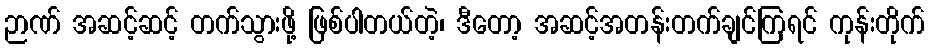
ဉာဏ် အဆင့်ဆင့် တက်သွားဖို့ ဖြစ်ပါတယ်တဲ့၊ ဒီတော့ အဆင့်အတန်းတက်ချင်ကြရင် ကုန်းတိုက်